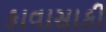
કાવાસાકી